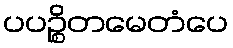
ပပဉ္စိတမေတံပေ